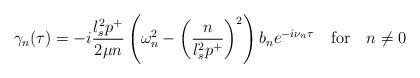
LaTeX: \begin{align*}\gamma_{n}(\tau) = - i \frac{l_s^2 p^+}{2 \mu n} \left( \omega_n^2 - \left( \frac{n}{l_s^2 p^+} \right)^2 \right) b_n e^{-i \nu_n \tau} \quad \textrm{for} \quad n \neq 0\end{align*}